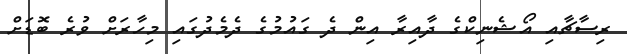
ރިސާޗާއި އޯޝެނިކްގެ ދާއިރާ އިން ދެ ގައުމުގެ ދެމެދުގައި މިހާރަށް ވުރެ ބޮޑަށް